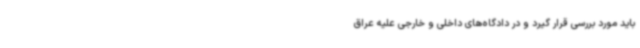
باید مورد بررسی قرار گیرد و در دادگاه‌های داخلی و خارجی علیه عراق